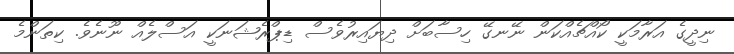
ނިދީގެ އަރާމަކީ ކޯއްޗެއްކަން ނޭނގޭ ހިސާބަށް ދިޔައިރުވެސް ޑިޕްރެޝަނަކީ އަސްލެއް ނޫނެވެ. ކިތަންމެ